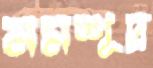
নমশূদ্র